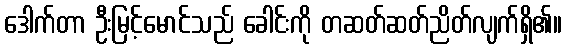
ဒေါက်တာ ဦးမြင့်မောင်သည် ခေါင်းကို တဆတ်ဆတ်ညိတ်လျက်ရှိ၏။